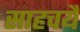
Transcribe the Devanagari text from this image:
साहचर्यै